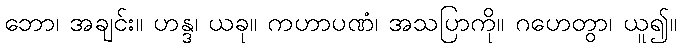
ဘော၊ အချင်း။ ဟန္ဒ၊ ယခု။ ကဟာပဏံ၊ အသပြာကို။ ဂဟေတွာ၊ ယူ၍။